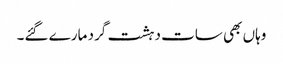
وہاں بھی سات دہشت گرد مارے گئے۔